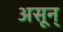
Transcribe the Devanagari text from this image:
असून्